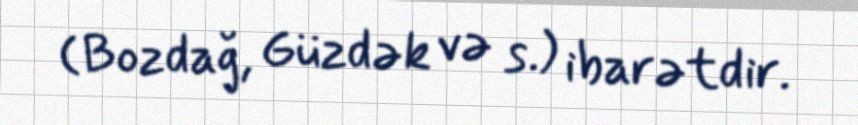
(Bozdağ, Güzdək və s.) ibarətdir.